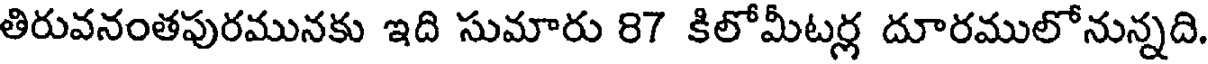
తిరువనంతపురమునకు ఇది సుమారు 87 కిలోమీటర్ల దూరములోనున్నది.